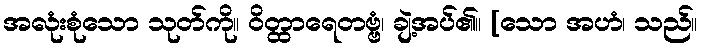
အလုံးစုံသော သုတ်ကို။ ဝိတ္ထာရေတဗ္ဗံ၊ ချဲ့အပ်၏။ [သော အဟံ၊ သည်။